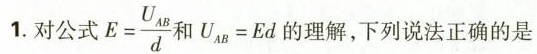
1对公式 $$E = \frac { U _ { A B } } { d }$$ 和 $$U _ { A B } = E d$$ 的理解，下列说法正确的是